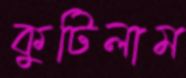
কুটিলাম